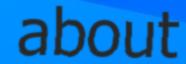
about